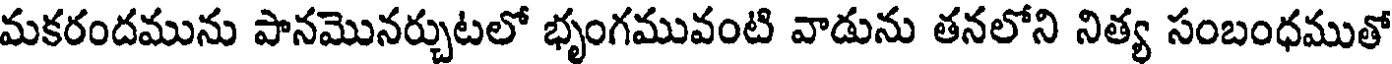
మకరందమును పానమొనర్చుటలో భృంగమువంటి వాడును తనలోని నిత్య సంబంధముతో